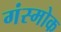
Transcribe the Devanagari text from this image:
गंस्मोक